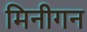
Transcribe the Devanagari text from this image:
मिनीगन